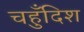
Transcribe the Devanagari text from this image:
चहुँदिश